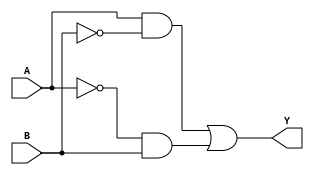
module XOR_gate (
    input A,
    input B,
    output Y
);

wire notA, notB;
wire nand1, nand2;

assign notA = ~A;
assign notB = ~B;

assign nand1 = A & notB;
assign nand2 = notA & B;

assign Y = nand1 | nand2;

endmodule